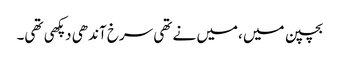
بچپن میں ،میں نے تھی سرخ آندھی دپکھی تھی۔